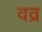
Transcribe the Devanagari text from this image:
वव्र